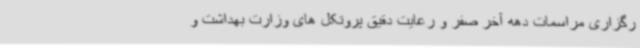
رگزاری مراسمات دهه آخر صفر و رعایت دقیق پروتکل های وزارت بهداشت و